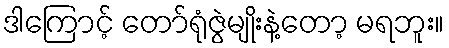
ဒါကြောင့် တော်ရုံဇွဲမျိုးနဲ့တော့ မရဘူး။